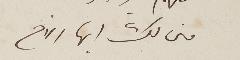
منى لك ايها الاخ